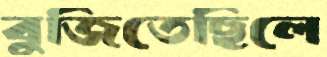
বুজিতেছিলে